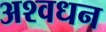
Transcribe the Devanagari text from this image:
अश्वधन